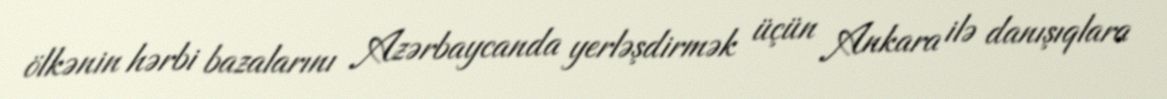
ölkənin hərbi bazalarını Azərbaycanda yerləşdirmək üçün Ankara ilə danışıqlara